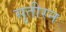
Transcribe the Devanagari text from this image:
सुतीरन